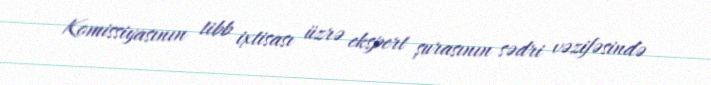
Komissiyasının tibb ixtisası üzrə ekspert şurasının sədri vəzifəsində